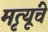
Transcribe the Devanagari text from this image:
मृत्यूंचे